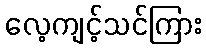
လေ့ကျင့်သင်ကြား